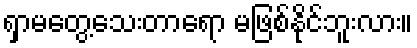
ရှာမတွေ့သေးတာရော မဖြစ်နိုင်ဘူးလား။